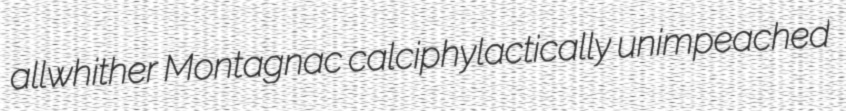
allwhither Montagnac calciphylactically unimpeached